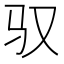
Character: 驭